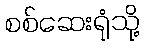
စစ်ဆေးရုံသို့